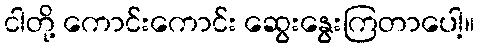
ငါတို့ ကောင်းကောင်း ဆွေးနွေးကြတာပေါ့။